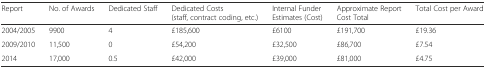
| Report | No. of Awards | Dedicated Staff | Dedicated Costs (staff, contract coding, etc.) | Internal Funder Estimates (Cost) | Approximate Report Cost Total | Total Cost per Award |
 | --- | --- | --- | --- | --- | --- | --- |
 | 2004/2005 | 9900 | 4 | £185,600 | £6100 | £191,700 | £19.36 |
 | 2009/2010 | 11,500 | 0 | £54,200 | £32,500 | £86,700 | £7.54 |
 | 2014 | 17,000 | 0.5 | £42,000 | £39,000 | £81,000 | £4.75 |